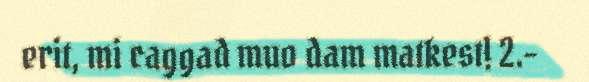
erit, mi caggad muo dam matkest! 2.-